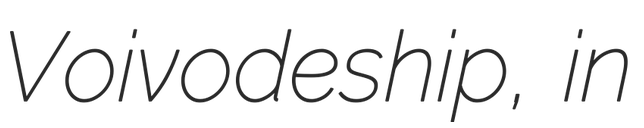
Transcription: Voivodeship, in